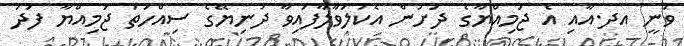
ވަނީ އދ.އާއި އެ ޖަމިއްޔާގެ ދަށުން އެކުލަވާލާފައިވާ ދުނިޔޭގެ ސިއްހަތު ޖަމިއްޔާ ފަދަ